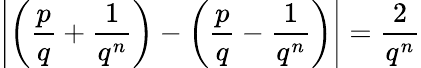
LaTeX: \left|\left({\frac{p}{q}}+{\frac{1}{q^{n}}}\right)-\left({\frac{p}{q}}-{\frac{1}{q^{n}}}\right)\right|={\frac{2}{q^{n}}}